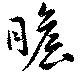
瞻